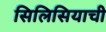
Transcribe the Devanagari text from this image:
सिलिसियाची